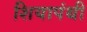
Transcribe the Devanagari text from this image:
शियापंथी